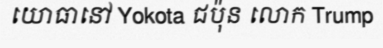
យោធានៅ Yokota ជប៉ុន លោក Trump